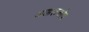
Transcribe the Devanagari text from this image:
अक्कलकोप